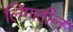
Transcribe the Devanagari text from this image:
लिंगातील